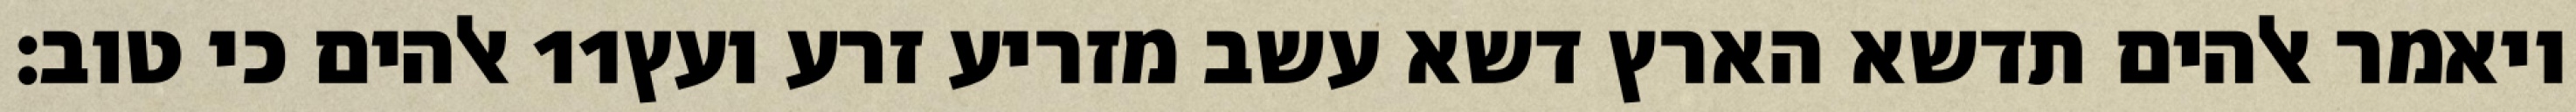
אלהים כי טוב׃ ‎11‏ ויאמר אלהים תדשא הארץ דשא עשב מזריע זרע ועץ